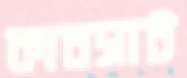
কানসাট